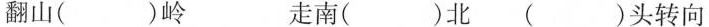
翻山( )岭 走南( )北 ( )头转向